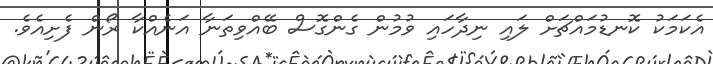
އެކަމަކު ކޮނޑުމައްޗަށް ލައި ނިދާހައި ވުމުން ގެންގޮސް ބޭއްވިތަނާ އަނެއްކާ ރޯން ފެށިއެވެ.